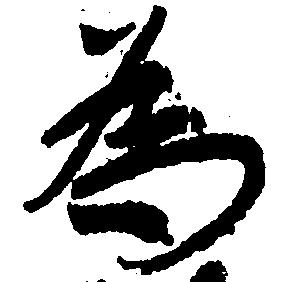
為